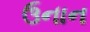
ઉનાન